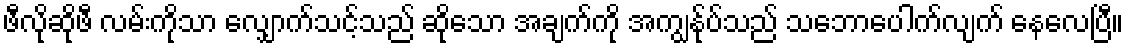
ဖီလိုဆိုဖီ လမ်းကိုသာ လျှောက်သင့်သည် ဆိုသော အချက်ကို အကျွန်ုပ်သည် သဘောပေါက်လျက် နေလေပြီ။